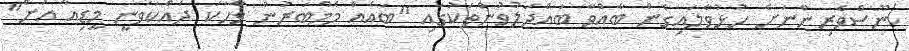
ނޫސްވެރިންނަށް ހުޅުވާލައިގެން ބާއްވާ ބައްދަލުވުންތަކުގައި "ބައެއް މެމްބަރުން ވާހަކަ ދައްކަވަނީ މީޑިއާ އަށް"